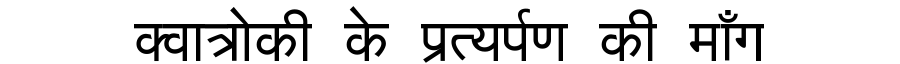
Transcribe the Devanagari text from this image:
क्वात्रोकी के प्रत्यर्पण की माँग